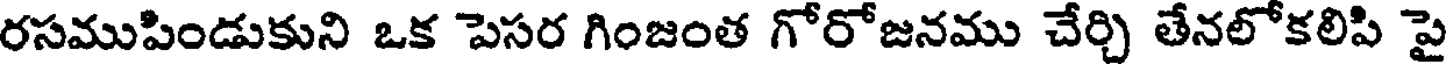
రసముపిండుకుని ఒక పెసర గింజంత గోరోజనము చేర్చి తేనలోకలిపి పై